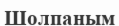
Шолпаным